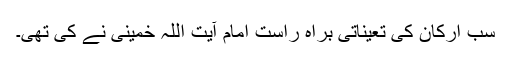
سب ارکان کی تعیناتی براہ راست امام آیت اللہ خمینی نے کی تھی۔